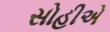
સોહીએ